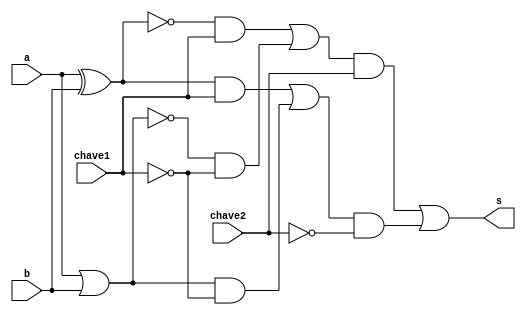
// -------------------------
// Exemplo0034 
// Nome: Mateus Lima Batista
// -------------------------
// -------------------------
// Mateus_gate
// -------------------------

module mateus(s,a,b,chave1,chave2);

output s;

input a;
input b;
input chave1;
input chave2;

wire temp01;
wire temp02;
wire temp03;
wire temp04;
wire temp05;
wire temp06;
wire temp07;
wire temp08;
wire temp09;
wire temp10;
wire temp11;
wire temp12;

assign temp01 = (~(a^b));
assign temp02 = (a^b);
assign temp03 = (~(a|b));
assign temp04 = a|b;
assign temp05 = temp01&chave1;
assign temp06 = temp03&(~chave1);
assign temp07 = temp02&chave1;
assign temp08 = temp04&(~chave1);
assign temp09 = temp05 | temp06;
assign temp10 = temp07 | temp08;
assign temp11 = temp09&chave2;
assign temp12 = temp10&(~chave2);
assign s = temp11 | temp12;

endmodule

module testMateus;

reg a;
reg b;
reg chave1;
reg chave2;

wire s;

mateus lima(s,a,b,chave1,chave2);

initial begin:main

$display ("Exemplo 0034 - Mateus Lima Batista");
$display ("Matricula : 451410");
$display ("Test LU's module ");
$display ("\n a b chave1 chave2 s");

#1 a = 0; b = 0; chave1 = 0; chave2 = 0;

$monitor("%3b\t%3b\t%3b\t%3b\t%3b",a,b,chave1,chave2,s);
#1 a = 0; b = 1; chave1 = 0; chave2 = 0;
#1 a = 1; b = 0; chave1 = 0; chave2 = 0;
#1 a = 1; b = 1; chave1 = 0; chave2 = 0;
#1 a = 0; b = 0; chave1 = 1; chave2 = 0;
#1 a = 0; b = 1; chave1 = 1; chave2 = 0;
#1 a = 1; b = 0; chave1 = 1; chave2 = 0;
#1 a = 1; b = 1; chave1 = 1; chave2 = 0;
#1 a = 0; b = 0; chave1 = 0; chave2 = 1;
#1 a = 0; b = 1; chave1 = 0; chave2 = 1;
#1 a = 1; b = 0; chave1 = 0; chave2 = 1;
#1 a = 1; b = 1; chave1 = 0; chave2 = 1;
#1 a = 0; b = 0; chave1 = 1; chave2 = 1;
#1 a = 0; b = 1; chave1 = 1; chave2 = 1;
#1 a = 1; b = 0; chave1 = 1; chave2 = 1;
#1 a = 1; b = 1; chave1 = 1; chave2 = 1;

end
endmodule